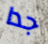
جدا